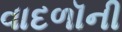
વાદળૉની